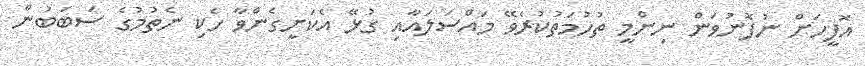
އޮފީހަށް ނުފޮނުވަން ނިންމީ ތުހުމަތުކުރެވޭ މައްސަލައާއި ގުޅޭ އެކަށީގެންވާ ހެކި ނެތުމުގެ ސަބަބުން